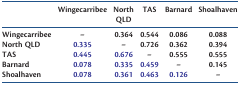
<table><thead><tr><td></td><td><b>Wingecarribee</b></td><td><b>North QLD</b></td><td><b>TAS</b></td><td><b>Barnard</b></td><td><b>Shoalhaven</b></td></tr></thead><tbody><tr><td>Wingecarribee</td><td>–</td><td>0.364</td><td>0.544</td><td>0.086</td><td>0.088</td></tr><tr><td>North QLD</td><td>0.335</td><td>–</td><td>0.726</td><td>0.362</td><td>0.394</td></tr><tr><td>TAS</td><td>0.445</td><td>0.676</td><td>–</td><td>0.555</td><td>0.555</td></tr><tr><td>Barnard</td><td>0.078</td><td>0.335</td><td>0.459</td><td>–</td><td>0.145</td></tr><tr><td>Shoalhaven</td><td>0.078</td><td>0.361</td><td>0.463</td><td>0.126</td><td>–</td></tr></tbody></table>